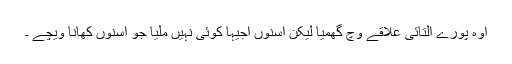
اوہ پورے التائی علاقے وچّ گھمیا لیکن اسنوں اجیہا کوئی نہیں ملیا جو اسنوں کھانا ویچے ۔